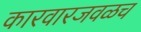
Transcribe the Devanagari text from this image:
कारवारजवळच